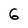
Character: G